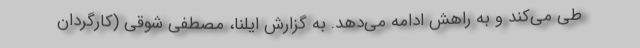
طی می‌کند و به راهش ادامه می‌دهد. به گزارش ایلنا، مصطفی شوقی (کارگردان